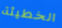
الخطيئة